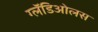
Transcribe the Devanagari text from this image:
ग्लॅडिओलस